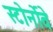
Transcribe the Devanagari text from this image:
स्टोर्नोवे